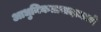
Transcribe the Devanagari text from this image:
आधुनिकतावादामध्ये